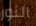
النور